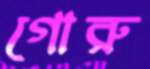
গোরু